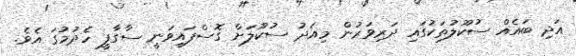
އަދި ބައެއް ސުކޫލުތަކުގައި ދަރިވަރުން މިއަދު ސުކޫލަށް ގޮސްފައިވަނީ ސާގާފީ ހެދުމުގަ އެވެ.